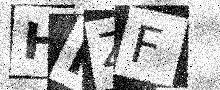
Text: HMZF